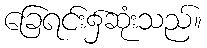
ခြေရင်း၌ဆုံးသည်။